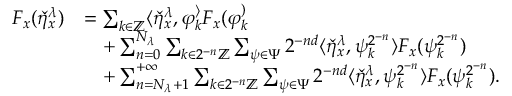
\begin{array} { r l } { F _ { x } ( \check { \eta } _ { x } ^ { \lambda } ) } & { = \sum _ { k \in \mathbb { Z } } \langle \check { \eta } _ { x } ^ { \lambda } , \varphi _ { k } ^ \rangle F _ { x } ( \varphi _ { k } ^ ) } \\ & { \quad + \sum _ { n = 0 } ^ { N _ { \lambda } } \sum _ { k \in 2 ^ { - n } \mathbb { Z } } \sum _ { \psi \in \Psi } 2 ^ { - n d } \langle \check { \eta } _ { x } ^ { \lambda } , \psi _ { k } ^ { 2 ^ { - n } } \rangle F _ { x } ( \psi _ { k } ^ { 2 ^ { - n } } ) } \\ & { \quad + \sum _ { n = N _ { \lambda } + 1 } ^ { + \infty } \sum _ { k \in 2 ^ { - n } \mathbb { Z } } \sum _ { \psi \in \Psi } 2 ^ { - n d } \langle \check { \eta } _ { x } ^ { \lambda } , \psi _ { k } ^ { 2 ^ { - n } } \rangle F _ { x } ( \psi _ { k } ^ { 2 ^ { - n } } ) . } \end{array}